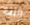
اللفة